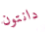
دانتون